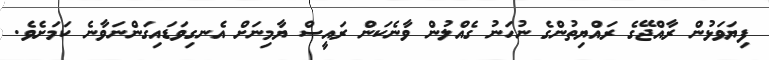
ފިޔަވަޅުން ރާއްޖޭގެ ރައްޔިތުންގެ ނުހަނު ގެއްލުން ވާނެކަން ރައީސް ޔާމިނަށް އެނގިވަޑައިގަންނަވާނެ ކަމަށެވެ.